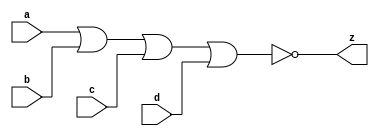
// This program was cloned from: https://github.com/aolofsson/oh
// License: MIT License

//#############################################################################
//# Function: 4 Input Nor Gate                                                #
//# Copyright: OH Project Authors. ALl rights Reserved.                       #
//# License:  MIT (see LICENSE file in OH repository)                         # 
//#############################################################################

module oh_nor4 #(parameter DW = 1 ) // array width
   (
    input [DW-1:0]  a,
    input [DW-1:0]  b,
    input [DW-1:0]  c,
    input [DW-1:0]  d, 
    output [DW-1:0] z
    );
   
   assign z = ~(a | b | c | d);
   
endmodule